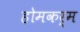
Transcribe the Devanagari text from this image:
होमकर्म